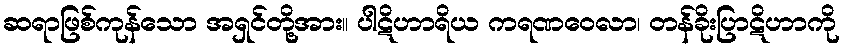
ဆရာဖြစ်ကုန်သော အရှင်တို့အား။ ပါဋိဟာရိယ ကရဏဝေလာ၊ တန်ခိုးပြာဋိဟာကို